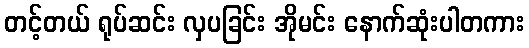
တင့်တယ် ရုပ်ဆင်း လှပခြင်း အိုမင်း နောက်ဆုံးပါတကား